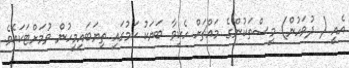
އެއީ ( ދުވަހުން) މީސްތަކުންގެ މައްޗަށް ހެކިވާ ބަޔަކު ކަމުގައި ތިޔަބައިމީހުން ވުމަށްޓަކައެވެ.